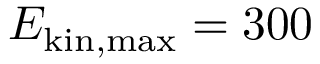
E _ { \mathrm { k i n , m a x } } = 3 0 0